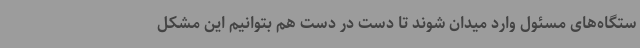
ستگاه‌های مسئول وارد میدان شوند تا دست در دست هم بتوانیم این مشکل